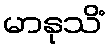
မာနုသိံ